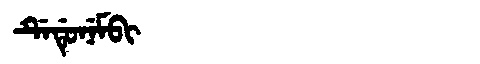
Manchu: ᡩᡝᡩᡠᠨᡝᠮᠪᡳ
Romanization: DEDUNEMBI